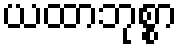
ယထာဘုစ္စာ